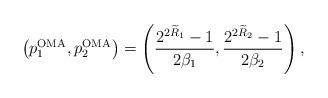
LaTeX: \begin{align*}\left( {p_1^{\mathrm{OMA}},p_2^{\mathrm{OMA}}} \right)=\left( \frac{{{2^{2{{\widetilde R}_1}}} - 1}}{{{2\beta _1}}},\frac{{{2^{2{{\widetilde R}_2}}} - 1}}{{{2\beta _2}}} \right),\end{align*}